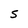
Character: S